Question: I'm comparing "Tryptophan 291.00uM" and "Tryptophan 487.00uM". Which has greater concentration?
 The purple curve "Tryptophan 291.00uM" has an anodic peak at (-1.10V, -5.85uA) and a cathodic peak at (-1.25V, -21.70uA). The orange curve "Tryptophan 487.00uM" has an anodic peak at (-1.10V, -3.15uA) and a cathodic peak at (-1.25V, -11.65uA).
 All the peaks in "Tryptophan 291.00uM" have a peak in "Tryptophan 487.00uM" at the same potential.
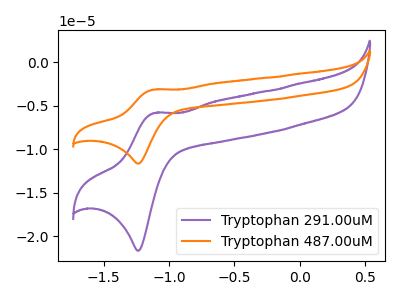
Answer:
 <answer>I cant tell if "Tryptophan 291.00uM" or "Tryptophan 487.00uM" has higher concentration.</answer>
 <eval>mixed_concentration</eval>